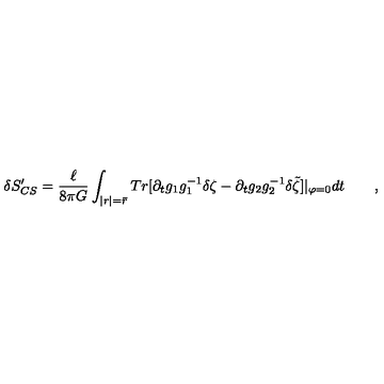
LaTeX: \delta S _ { C S } ^ { \prime } = \frac \ell { 8 \pi G } \int _ { | r | = \bar { r } } T r [ \partial _ { t } g _ { 1 } g _ { 1 } ^ { - 1 } \delta \zeta - \partial _ { t } g _ { 2 } g _ { 2 } ^ { - 1 } \delta \tilde { \zeta } ] | _ { \varphi = 0 } d t \qquad ,